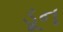
ડૂન